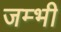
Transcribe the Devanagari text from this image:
जम्भी